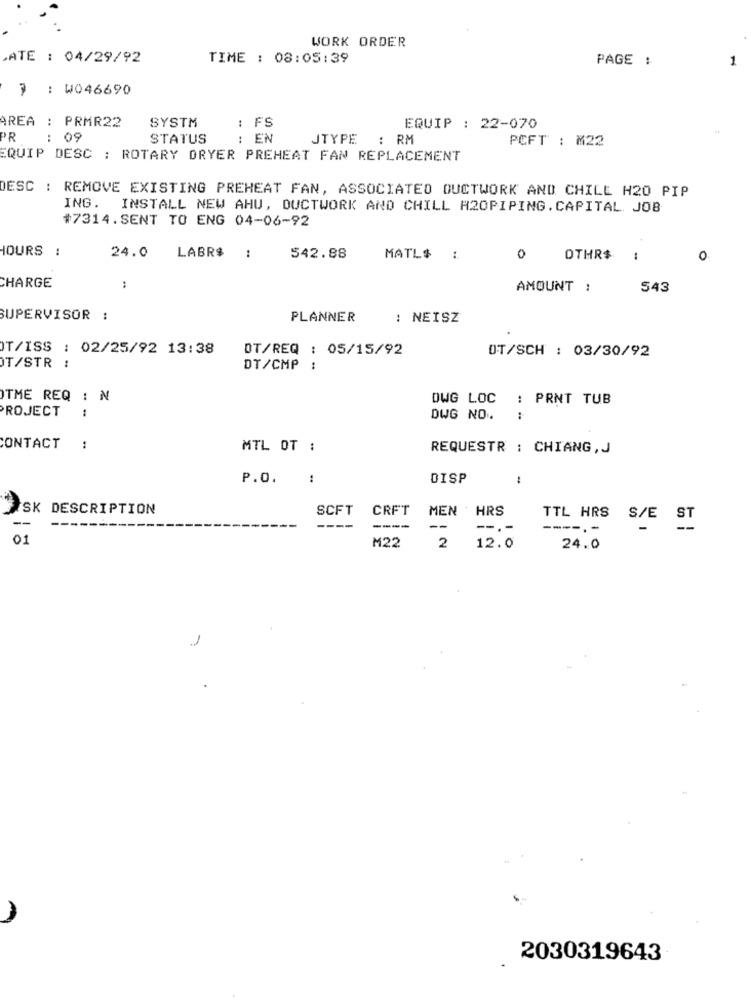
WORK ORDER
ATE : 04/29/92
TIME : 08:05:39
PAGE :
1
7 : W046690
AREA : PRMR22
SYSTM
: FS
EQUIP : 22-070
PR
: 09
STATUS
: EN
JTYPE : RM
PCFT : M22
EQUIP DESC : ROTARY DRYER PREHEAT FAN REPLACEMENT
DESC : REMOVE EXISTING PREHEAT FAN, ASSOCIATED DUCTWORK AND CHILE H20 PIP
ING.
INSTALL NEW AHU, DUCTWORK AND CHILL R20PIPING. CAPITAL. JOB
#7314.SENT TO ENG 04-06-92
HOURS :
24.0
LABR$
:
542.88
MATL$
0
OTHR$
0
CHARGE
:
AMOUNT :
543
SUPERVISOR :
PLANNER
: NEISZ
OT/ISS : 02/25/92 13:38
DT/REQ : 05/15/92
OT/SCH : 03/30/92
T/STR :
DT/CMP
.. ..
TME REQ : N
DWG LOC
: PRNT TUB
ROJECT
DWG NO.
CONTACT
:
MTL OT :
REQUESTR : CHIANG, J
P.O. :
DISP
-
ISK DESCRIPTION
SCFT
CRFT
MEN ' HRS
TTL HRS S/E ST
--
----
--
--.-
------
01
M22
2
12.0
24.0
1
2030319643